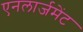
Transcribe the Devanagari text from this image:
एनलार्जमेंट